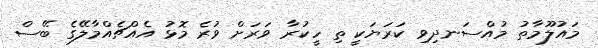
މައުލޫމާތު މުއްސަނދިވި ކަރަޔަކީ ތި ހީކުރާ ވަރަށް ވުރެ މޮޅު އެއްޗެއްމާލޭގެ ބޭސް